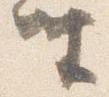
坐